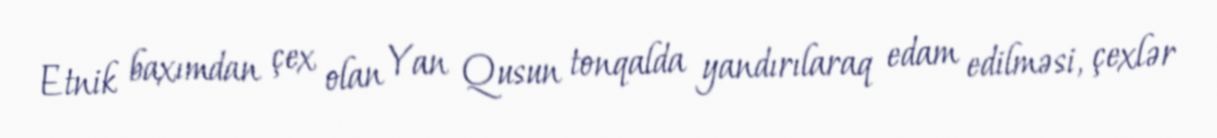
Etnik baxımdan çex olan Yan Qusun tonqalda yandırılaraq edam edilməsi, çexlər